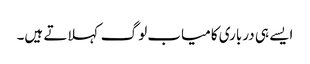
ایسے ہی درباری کامیاب لوگ کہلاتے ہیں۔